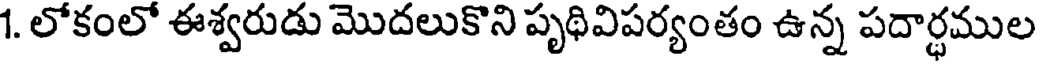
1. లోకంలో ఈశ్వరుడు మొదలుకొని పృథివిపర్యంతం ఉన్న పదార్థముల